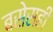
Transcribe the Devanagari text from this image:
बसेसही